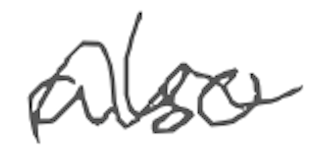
Text: also
Cross-out: mix
Writing tool: digital_gray